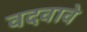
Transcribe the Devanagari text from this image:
वदवावे